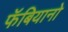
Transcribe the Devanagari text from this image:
फॅबियानो